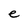
Character: e